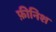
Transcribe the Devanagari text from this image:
फ़ीनिश